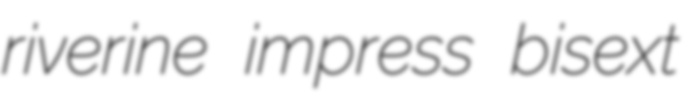
riverine impress bisext